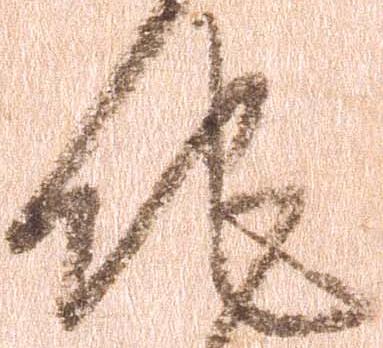
他